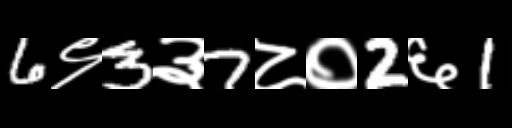
Text: 6९3३7८०2६1